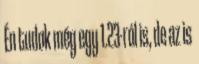
Én tudok még egy 1.23-ról is, de az is